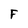
Character: F